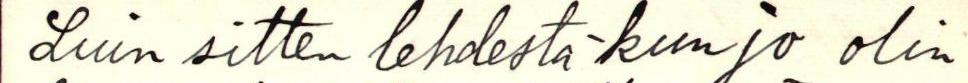
Luin sitten lehdestä kun jo olin